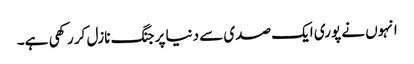
انہوں نے پوری ایک صدی سے دنیا پر جنگ نازل کر رکھی ہے۔